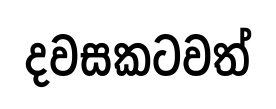
දවසකටවත්